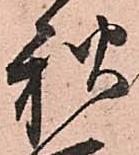
秋